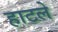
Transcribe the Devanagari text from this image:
हाटले